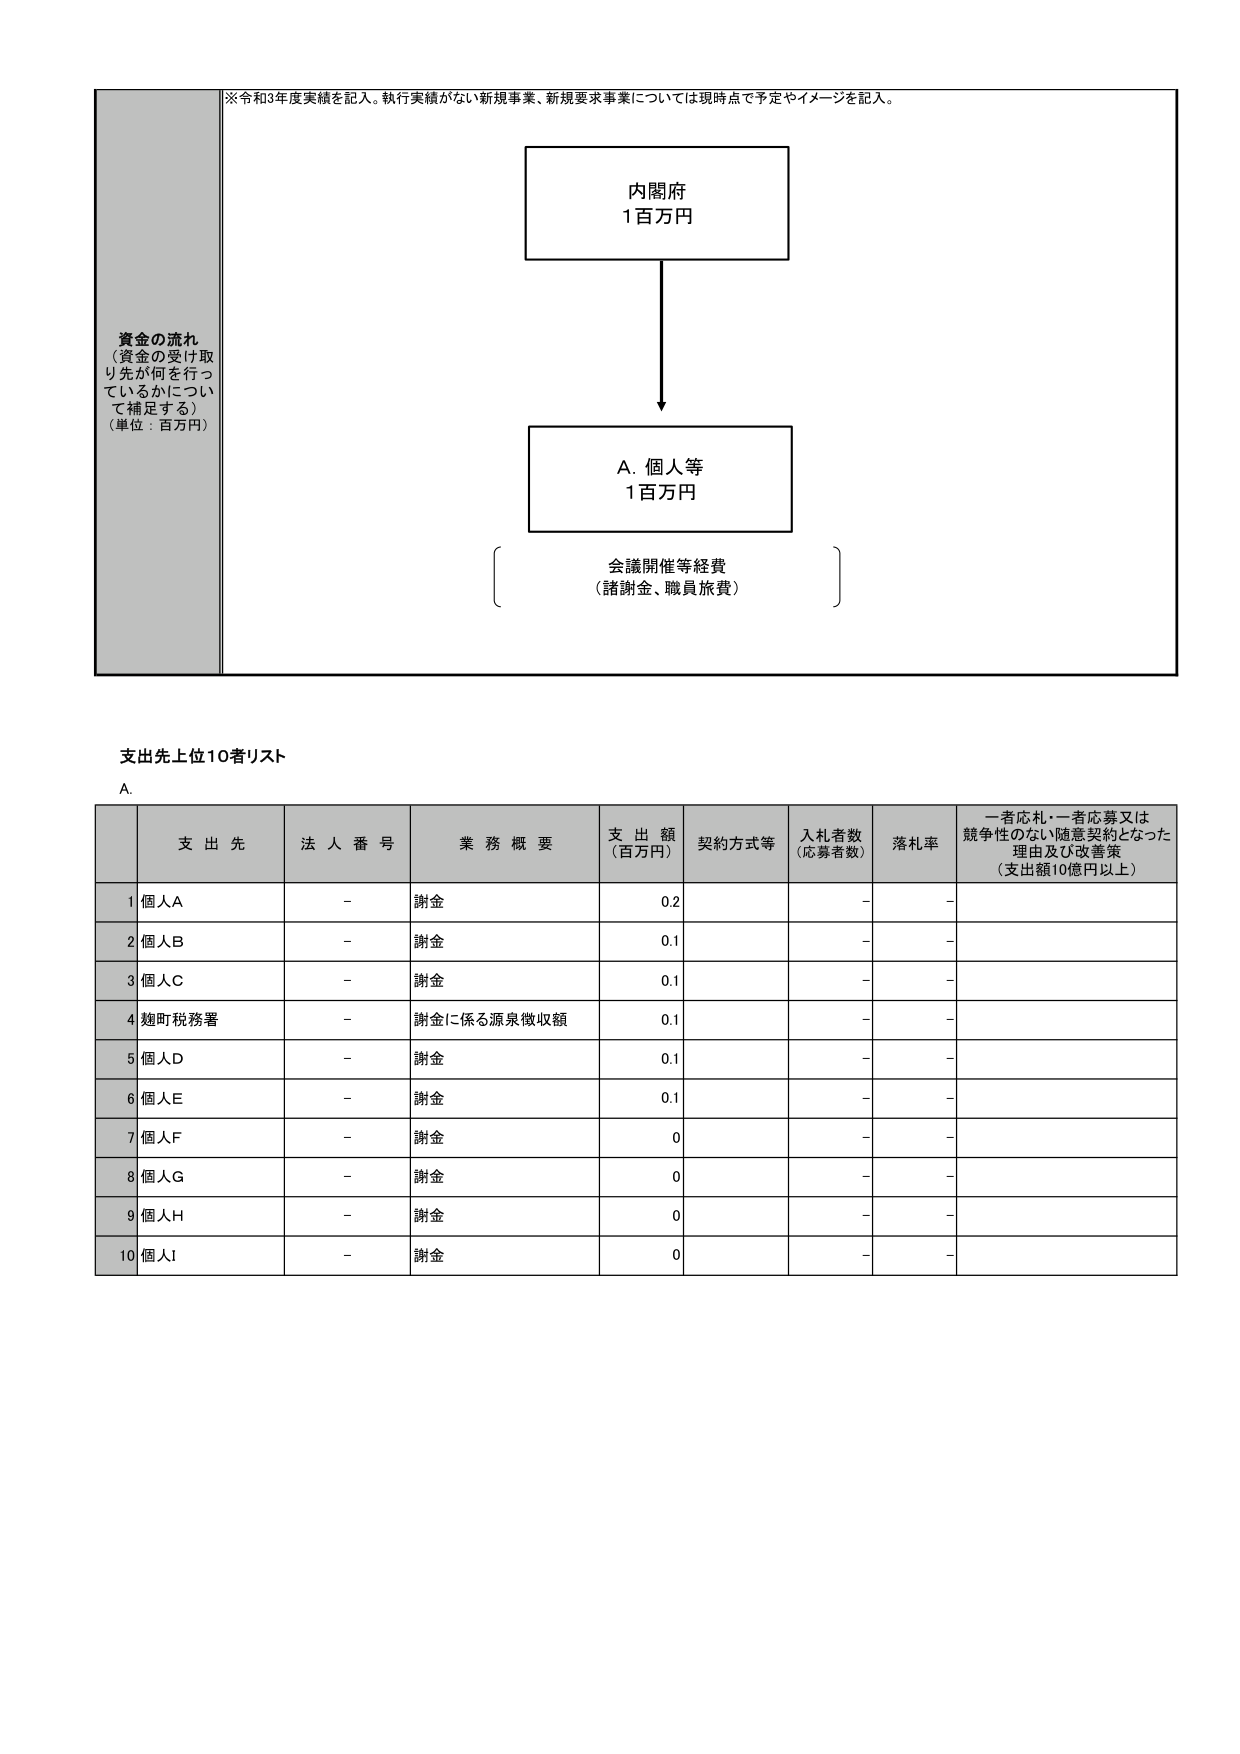
※令和3年度実績を記入。執行実績がない新規事業、新規要求事業については現時点で予定やイメージを記入。

資金の流れ
（資金の受け取り先が何を行っているかについて補足する）
（単位：百万円）

内閣府
1百万円

A. 個人等
1百万円

会議開催等経費
（諸謝金、職員旅費）

支出先上位10者リスト
A.

支 出 先       法 人 番 号       業 務 概 要       支 出 額 （百万円）       契約方式等       入札者数 （応募者数）       落札率       一者応札・一者応募又は競争性のない随意契約となった理由及び改善策 （支出額10億円以上）

1 個人A         -         謝金         0.2         -         -         -
2 個人B         -         謝金         0.1         -         -         -
3 個人C         -         謝金         0.1         -         -         -
4 麹町税務署     -         謝金に係る源泉徴収額         0.1         -         -         -
5 個人D         -         謝金         0.1         -         -         -
6 個人E         -         謝金         0.1         -         -         -
7 個人F         -         謝金         0         -         -         -
8 個人G         -         謝金         0         -         -         -
9 個人H         -         謝金         0         -         -         -
10 個人I        -         謝金         0         -         -         -